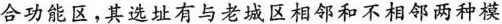
合功能区，其选址有与老城区相邻和不相邻两种模